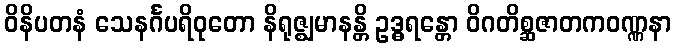
ဝိနိပတနံ သေနင်္ဂပရိဝုတော နိရုဇ္ဈမာနန္တိ ဥဒ္ဓရန္တော ဝိဂတိစ္ဆဇာတကဝဏ္ဏနာ